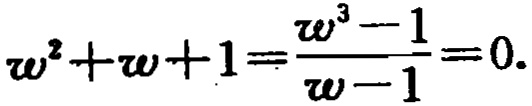
\(\omega^{2}+\omega + 1=\frac{\omega^{3}-1}{\omega - 1}=0\)